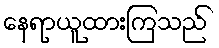
နေရာယူထားကြသည်